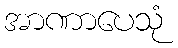
အာဏာပေသုံ